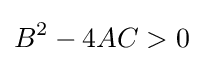
B^{2}-4AC>0